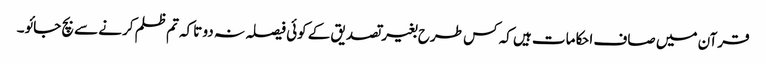
قرآن میں صاف احکامات ہیں کہ کس طرح بغیر تصدیق کے کوئی فیصلہ نہ دو تاکہ تم ظلم کرنے سے بچ جائو۔